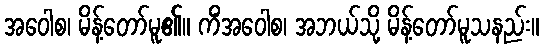
အဝေါစ၊ မိန့်တော်မူ၏။ ကိံအဝေါစ၊ အဘယ်သို့ မိန့်တော်မူသနည်း။